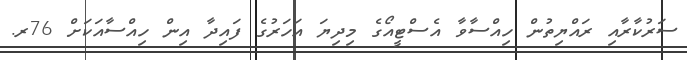
ސަރުކާރާއި ރައްޔިތުން ހިއްސާވާ އެސްޓީއޯގެ މިދިޔަ އަހަރުގެ ފައިދާ އިން ހިއްސާއަކަށް 76ރ.